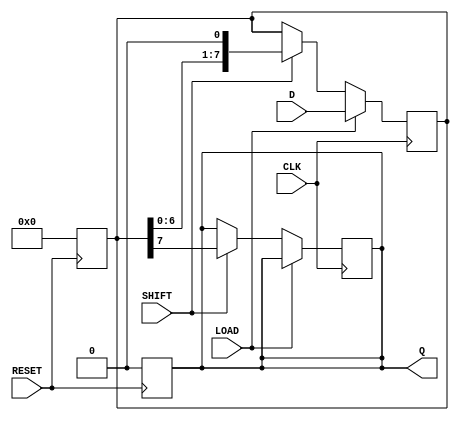
module PISO_Register #(
    parameter WIDTH = 8  // Define the width of the register
)(
    input wire [WIDTH-1:0] D,      // Parallel input data bus
    input wire LOAD,                // Load control signal
    input wire CLK,                 // Clock signal
    input wire SHIFT,               // Shift control signal
    input wire RESET,               // Asynchronous reset signal
    output reg Q                   // Serial output
);

    // Internal register to hold data
    reg [WIDTH-1:0] register;

    // Asynchronous reset (reset to zero)
    always @(posedge RESET) begin
        register <= {WIDTH{1'b0}}; // Reset all bits to zero
        Q <= 1'b0;                 // Reset the serial output to zero
    end

    // Clock handling for load and shift operations
    always @(posedge CLK) begin
        if (LOAD) begin
            register <= D; // Load the data into the register on the rising edge of CLK
        end 
        else if (SHIFT) begin
            Q <= register[WIDTH-1]; // Output the MSB to Q
            register <= {register[WIDTH-2:0], 1'b0}; // Shift right, LSB filled with 0
        end
    end

endmodule